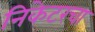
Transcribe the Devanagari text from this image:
निकेटरचा